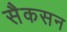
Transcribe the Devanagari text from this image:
सैकसन